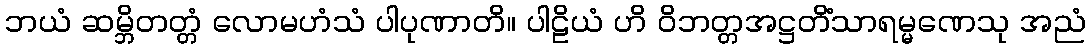
ဘယံ ဆမ္ဘိတတ္တံ လောမဟံသံ ပါပုဏာတိ။ ပါဠိယံ ဟိ ဝိဘတ္တအဋ္ဌတိံသာရမ္မဏေသု အညံ